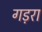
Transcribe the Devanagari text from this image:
गड़रा